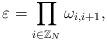
LaTeX: \begin{align*} \varepsilon = \prod_{i\in \mathbb{Z}_N} \omega_{i,i+1}, \end{align*}